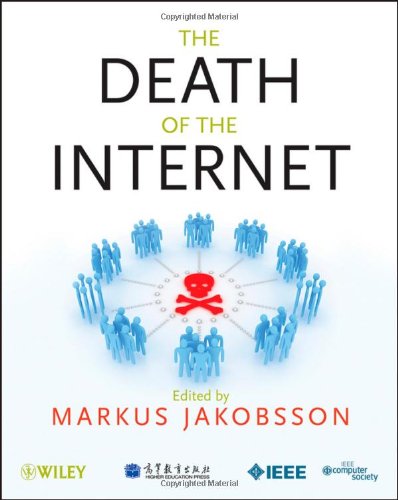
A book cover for The Death of the Internet; Computers & Technology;